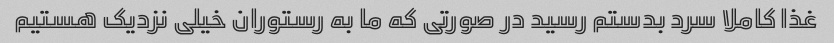
غذا کاملا سرد بدستم رسید در صورتی که ما به رستوران خیلی نزدیک هستیم